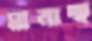
মানাচ্ছ